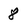
Character: 8